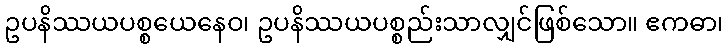
ဥပနိဿယပစ္စယေနေဝ၊ ဥပနိဿယပစ္စည်းသာလျှင်ဖြစ်သော။ ဧကဓာ၊